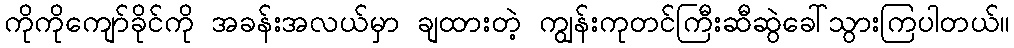
ကိုကိုကျော်ခိုင်ကို အခန်းအလယ်မှာ ချထားတဲ့ ကျွန်းကုတင်ကြီးဆီဆွဲခေါ်သွားကြပါတယ်။